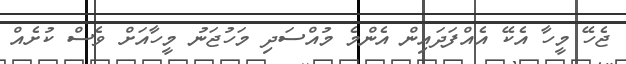
ޖެހޭ މީހާ އެކޭ އެއްފަދައިން އެންމެ މުއްސަދި މަހުޖަނު މީހާއަށް ވެސް ކުށެއް